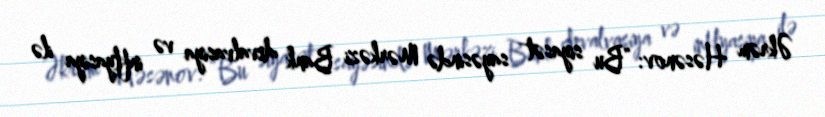
Əkrəm Həsənov: “Bu siyasət sayəsində Mərkəzi Bank devalvasiya və inflyasiya ilə